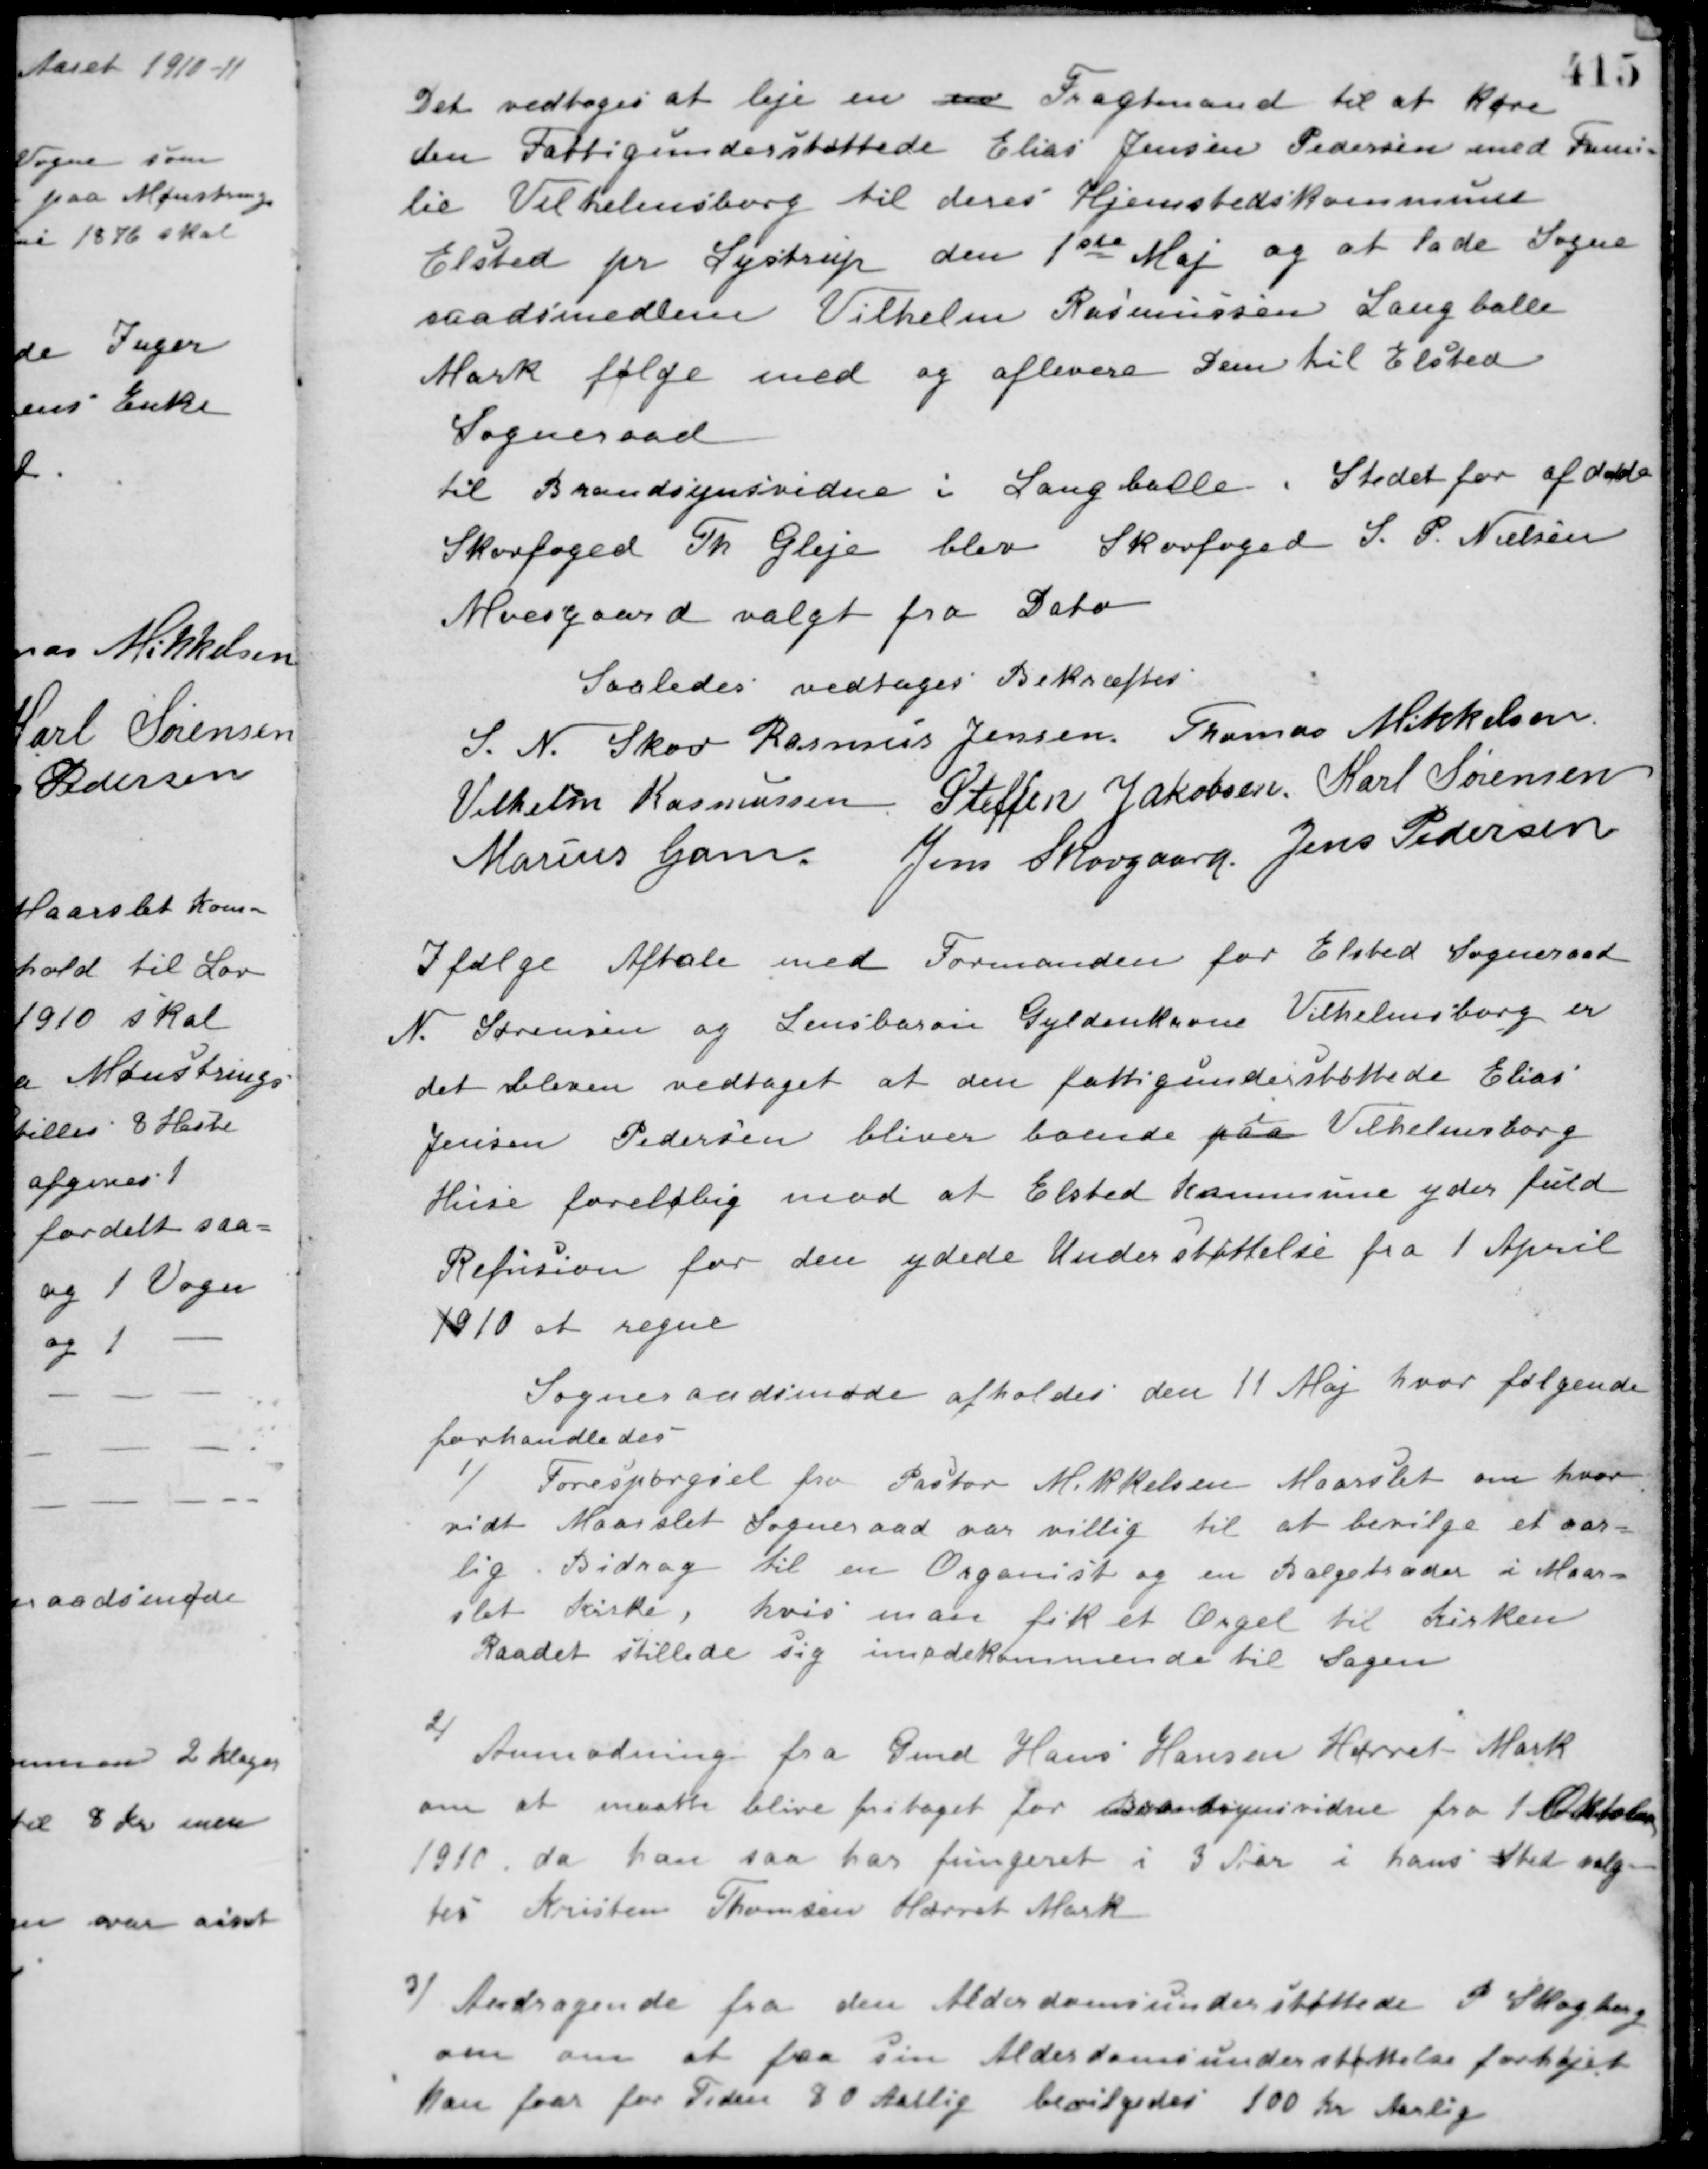
Transskription:
Det vedtoges at leje en en Fragtmand til at køre
den Fattigunderstøttede Elias Jensen Pedersen med Fami-
lie Vilhelmsborg til deres Hjemstedskommune
Elsted pr. Lystrup den 1ste Maj og at lade Sogne-
raadsmedlem Vilhelm Rasmussen Langballe
Mark følge med og aflevere dem til Elsted
Sogneraad.
til Brandsynsvidne i Langballe i Stedet for afdøde
Skovfoged Th. Gleje blev Skovfoged S. P. Nielsen
Moesgaard valgt fra Dato
Saaledes vedtaget Bekræftes
S. N. Skov Rasmus Jensen Thomas Mikkelsen
Vilhelm Rasmussen Steffen Jakobsen Karl Sørensen
Marius Gam Jens Skovgaard Jens Pedersen
Ifølge Aftale med Formanden for Elsted Sogneraad
N. Sørensen og Lensbaron Gyldenkrone Vilhelmsborg er
det bleven vedtaget at den fattigunderstøttede Elias
Jensen Pedersen bliver boende paa Vilhelmsborg
Huse foreløbig mod at Elsted Kommune yder fuld
Refusion for den ydede Understøttelse fra 1 April
1910 at regne
Sogneraadsmøde afholdes den 11 Maj hvor følgende
forhandledes
1/ Forespørgsel fra Pastor Mikkelsen Maarslet om hvor
vidt Maarslet Sogneraad var villig til at bevilge et aar-
lig Bidrag til en Organist og en Bælgetræder i Maar-
slet kirke, hvis man fik et Orgel til Kirken
Raadet stillede sig imødekommende til Sagen
2/ Anmodning fra Gmd. Hans Hansen Hørret Mark
om at maatte blive fritaget for Brandsynsvidne fra 1 Oktober
1910, da han saa har fungeret i 3 Aar i hans Sted valg-
tes Kristen Thomsen Hørret Mark
3/ Andragende fra den Alderdomsunderstøttede P. Stagberg
om om at faa sin Alderdomsunderstøttelse forhøjet
han faar for Tiden 80 Aarlig bevilgedes 100 Kr. Aarlig